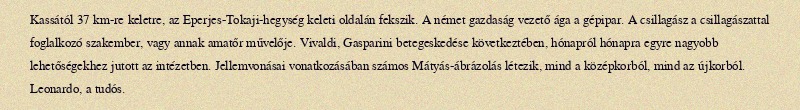
Kassától 37 km-re keletre, az Eperjes-Tokaji-hegység keleti oldalán fekszik. A német gazdaság vezető ága a gépipar. A csillagász a csillagászattal foglalkozó szakember, vagy annak amatőr művelője. Vivaldi, Gasparini betegeskedése következtében, hónapról hónapra egyre nagyobb lehetőségekhez jutott az intézetben. Jellemvonásai vonatkozásában számos Mátyás-ábrázolás létezik, mind a középkorból, mind az újkorból. Leonardo, a tudós.